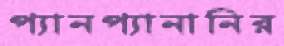
প্যানপ্যানানির